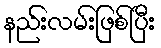
နည်းလမ်းဖြစ်ပြီး